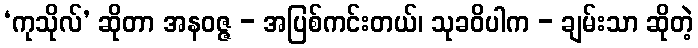
‘ကုသိုလ်’ ဆိုတာ အနဝဇ္ဇ - အပြစ်ကင်းတယ်၊ သုခဝိပါက - ချမ်းသာ ဆိုတဲ့